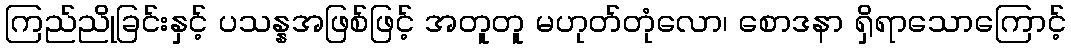
ကြည်ညိုခြင်းနှင့် ပသန္နအဖြစ်ဖြင့် အတူတူ မဟုတ်တုံလော၊ စောဒနာ ရှိရာသောကြောင့်